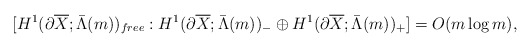
\begin{align*}[H^1(\partial\overline{X};\bar{\Lambda}(m))_{free}:H^1(\partial\overline{X};\bar{\Lambda}(m))_-\oplus H^1(\partial\overline{X};\bar{\Lambda}(m))_+]= O(m\log m),\end{align*}